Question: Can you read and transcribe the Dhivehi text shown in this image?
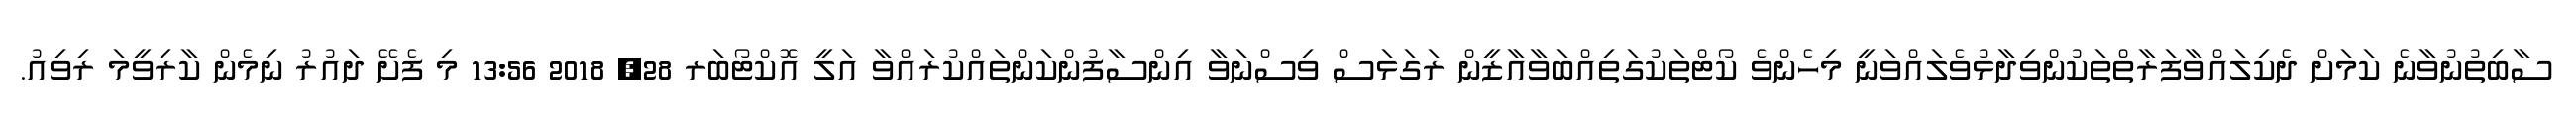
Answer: ސާބިތުނުވާނެ ކަމަށް ދެކިލައްވާފަރާތްތަކުންވިދާޅުވެލައްވަނީ މިހެންވެ ކޯޓްތަކުގަތިއްބަވާއާޒީން ރަގަޅަސް ވިސްނަވާ އިންސާފުންކަންތައްކުރައްވާ އަލީ އޮކްޓޯބަރ 28, 2018 13:56 މި ފެށޭ ދައުރު ނިމެން ކާރިވީމަ ރިވިއު.